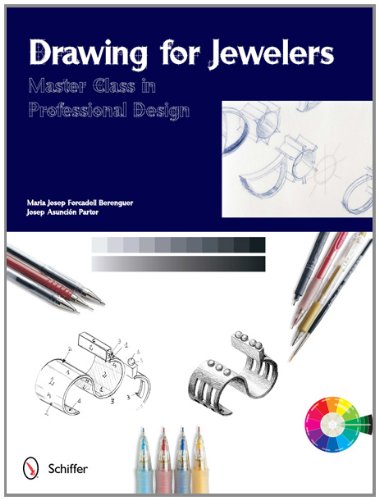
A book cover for Drawing for Jewelers: Master Class in Professional Design (Master Classes in Professional Design); Maria Josep Forcadell Berenguer; Crafts, Hobbies & Home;